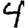
Digit: 4